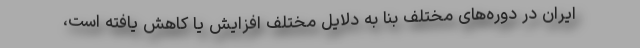
ایران در دوره‌های مختلف بنا به دلایل مختلف افزایش یا کاهش یافته است،